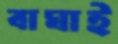
বাঘাই